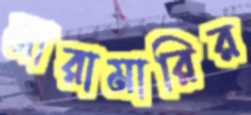
মারামারির